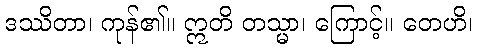
ဒဿိတာ၊ ကုန်၏။ ဣတိ တသ္မာ၊ ကြောင့်။ တေဟိ၊